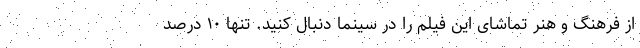
از فرهنگ و هنر تماشای این فیلم را در سینما دنبال کنید. تنها ۱۰ درصد